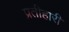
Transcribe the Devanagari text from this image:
प्रतीहारी